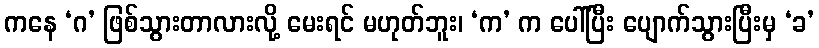
ကနေ ‘ဂ’ ဖြစ်သွားတာလားလို့ မေးရင် မဟုတ်ဘူး၊ ‘က’ က ပေါ်ပြီး ပျောက်သွားပြီးမှ ‘ခ’